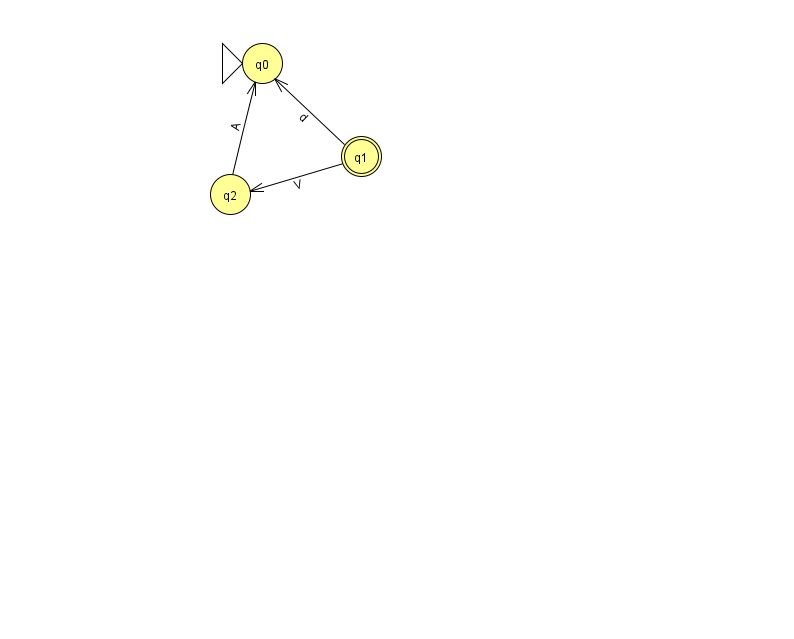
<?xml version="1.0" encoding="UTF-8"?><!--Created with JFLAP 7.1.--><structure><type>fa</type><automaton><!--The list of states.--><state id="0" name="q0"><x>262.0</x><y>50.0</y><initial/></state><state id="1" name="q1"><x>361.0</x><y>143.0</y><final/></state><state id="2" name="q2"><x>230.0</x><y>181.0</y></state><!--The list of transitions.--><transition><from>1</from><to>2</to><read>V</read></transition><transition><from>1</from><to>0</to><read>d</read></transition><transition><from>2</from><to>0</to><read>A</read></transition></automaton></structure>